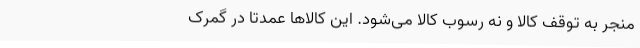
منجر به توقف کالا و نه رسوب کالا می‌شود. این کالاها عمدتا در گمرک